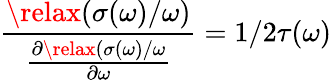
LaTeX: \frac{\relax(\sigma(\omega)/\omega)}{\frac{\partial\relax(\sigma(\omega)/\omega}{\partial\omega}}=1/2\tau(\omega)